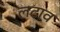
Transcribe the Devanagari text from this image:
लटाव